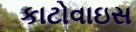
કાટોવાઇસ